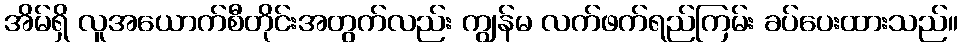
အိမ်ရှိ လူအယောက်စီတိုင်းအတွက်လည်း ကျွန်မ လက်ဖက်ရည်ကြမ်း ခပ်ပေးထားသည်။